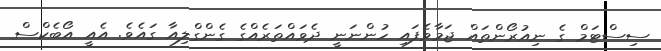
ސިސްޓަމް ގެ ނިއުރޯންތައް ޖަމާވެފައި ހުންނަނީ ދެވައްތަރެއްގެ ގެންގްލިއާ ގައެވެ. އެއީ އޯބެކްސް